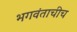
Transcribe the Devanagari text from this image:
भगवंताचीच